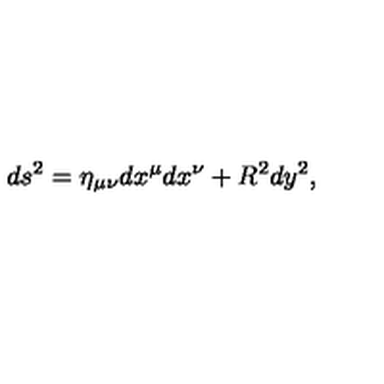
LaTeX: d s ^ { 2 } = \eta _ { \mu \nu } d x ^ { \mu } d x ^ { \nu } + R ^ { 2 } d y ^ { 2 } ,